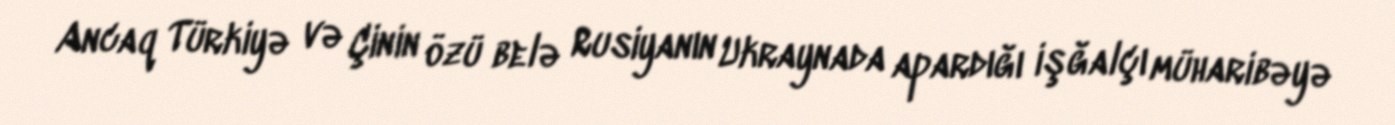
Ancaq Türkiyə və Çinin özü belə Rusiyanın Ukraynada apardığı işğalçı müharibəyə